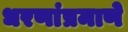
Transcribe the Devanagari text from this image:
धरणांप्रमाणे